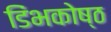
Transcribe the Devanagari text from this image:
डिंभकोष्ठ